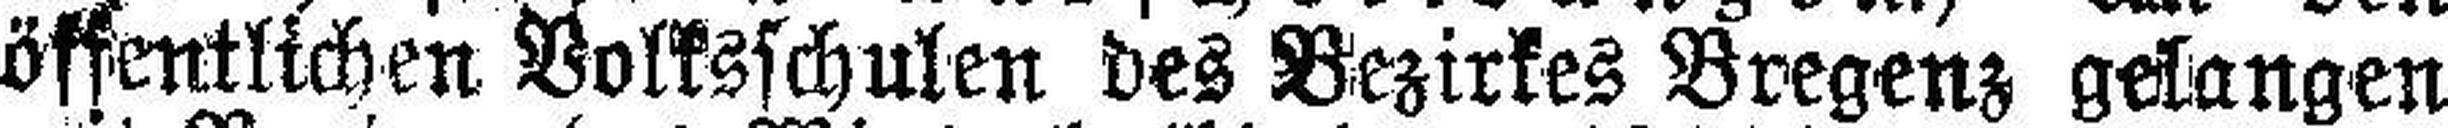
öffentlichen Volksschulen des Bezirkes Bregenz gelangen